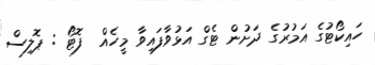
ހައިކޯޓުގެ އަމުރުގެ ދަށުން ޓެގް އަޅުވާފައިވާ މީހެއް  ފޮޓޯ : ޕޮލިސް